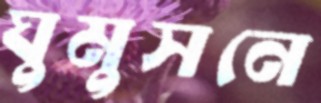
ঘুমুসনে